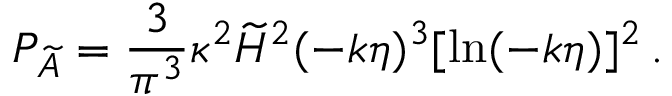
{ \cal P } _ { \widetilde { A } } = { \frac { 3 } { \pi ^ { 3 } } } \kappa ^ { 2 } \widetilde { H } ^ { 2 } ( - k \eta ) ^ { 3 } [ \ln ( - k \eta ) ] ^ { 2 } \, .